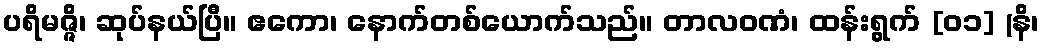
ပရိမဇ္ဇိ၊ ဆုပ်နယ်ပြီ။ ဧကော၊ နောက်တစ်ယောက်သည်။ တာလဝဏံ၊ ထန်းရွက် [၀၁] (နိ၊